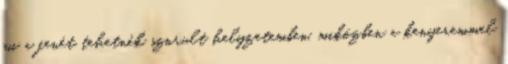
mi a fenét tehetnék szorult hely­zetemben, miközben a kenyeremmel